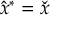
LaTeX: { \hat { x } } ^ { * } = { \check { x } }